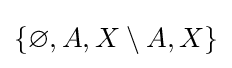
\{\varnothing ,A,X\setminus A,X\}